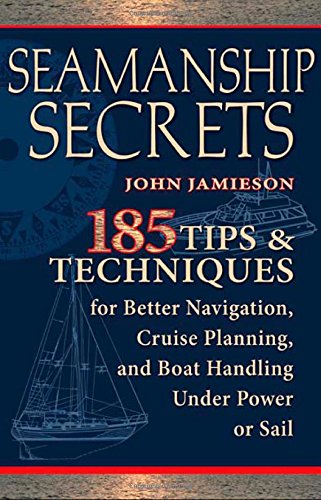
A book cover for Seamanship Secrets: 185 Tips & Techniques for Better Navigation, Cruise Planning, and Boat Handling Under Power or Sail; John Jamieson; Sports & Outdoors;